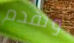
وتقدم